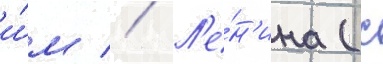
и́м // Л'е́н'ина (с